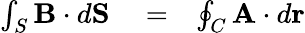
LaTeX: \begin{array}{rlr}{\int_{S}{\mathbf B}\cdot d{\mathbf S}}&{{}=}&{\oint_{C}{\mathbf A}\cdot d{\mathbf r}}\end{array}